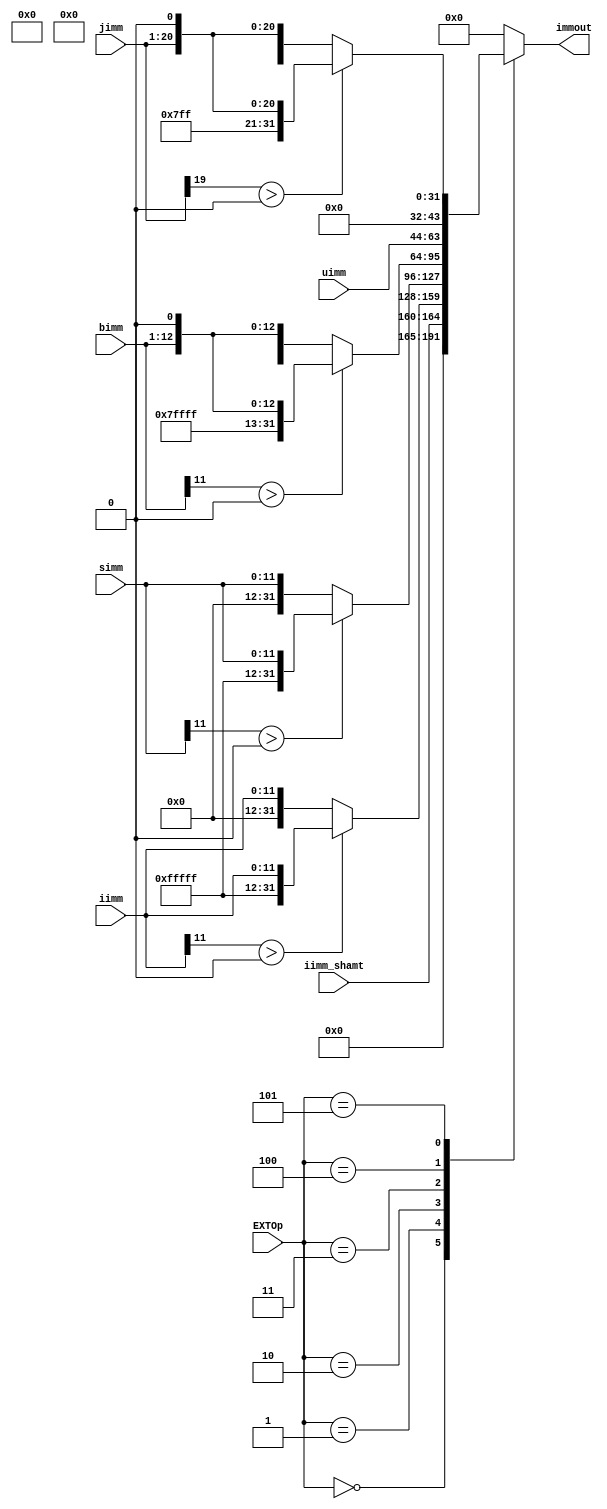
`define EXT_CTRL_ITYPE_SHAMT 6'b000000
`define EXT_CTRL_ITYPE 6'b000001
`define EXT_CTRL_STYPE 6'b000010
`define EXT_CTRL_BTYPE 6'b000011
`define EXT_CTRL_UTYPE 6'b000100
`define EXT_CTRL_JTYPE 6'b000101

module ext (
    input [4:0] iimm_shamt,
    input [11:0] iimm,
    input [11:0] simm,
    input [11:0] bimm,
    input [19:0] uimm,
    input [19:0] jimm,
    input [5:0] EXTOp,
    output reg [31:0] immout
);
    always @(*) begin
        case (EXTOp)
            `EXT_CTRL_ITYPE_SHAMT: immout <= {27'b0, iimm_shamt[4:0]};
            `EXT_CTRL_ITYPE:
            if (iimm[11] > 0) immout <= {20'b11111111111111111111, iimm[11:0]};
            else immout <= {20'b0, iimm[11:0]};
            `EXT_CTRL_STYPE:
            if (simm[11] > 0) immout <= {20'b11111111111111111111, simm[11:0]};
            else immout <= {20'b0, simm[11:0]};
            `EXT_CTRL_BTYPE:
            if (bimm[11] > 0) immout <= {19'b1111111111111111111, bimm[11:0], 1'b0};
            else immout <= {19'b0, bimm[11:0], 1'b0};
            `EXT_CTRL_UTYPE: immout <= {uimm[19:0], 12'b0};
            `EXT_CTRL_JTYPE:
            if (jimm[19] > 0) immout <= {11'b11111111111, jimm[19:0], 1'b0};
            else immout <= {11'b0, jimm[19:0], 1'b0};
            default: immout <= 32'b0;
        endcase

    end
endmodule